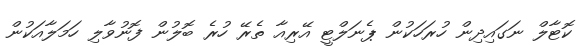
ކޮޓާލް ނަގައިދިން ހުރަހަކުން ޕެނަލްޓީ އޭރިއާ ތެރޭ ހުރެ ބޮލުން ފޮނުވާލި ހަމަލާއަކުން